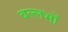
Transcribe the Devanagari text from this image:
वल्लभों